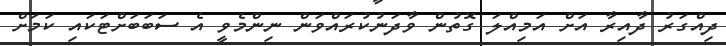
ދިއްގަރު ދާއިރާ އަށް އަމިއްލަ ގޮތުން ވާދަނުކުރައްވަން ނިންމެވީ އެ ސަބަބަށްޓަކައި ކަަމަށް